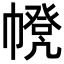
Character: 𢅃